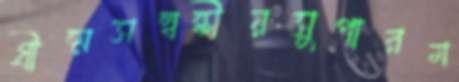
গ্রীষ্মসম্বন্ধীয়সুপারম